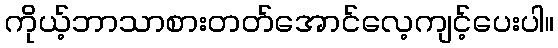
ကိုယ့်ဘာသာစားတတ်အောင်လေ့ကျင့်ပေးပါ။